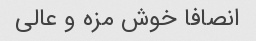
انصافا خوش مزه و عالی